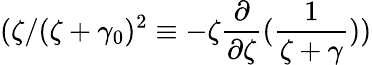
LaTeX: (\zeta/(\zeta+\gamma_{0})^{2}\equiv-\zeta\frac{\partial}{\partial\zeta}(\frac{1}{\zeta+\gamma}))